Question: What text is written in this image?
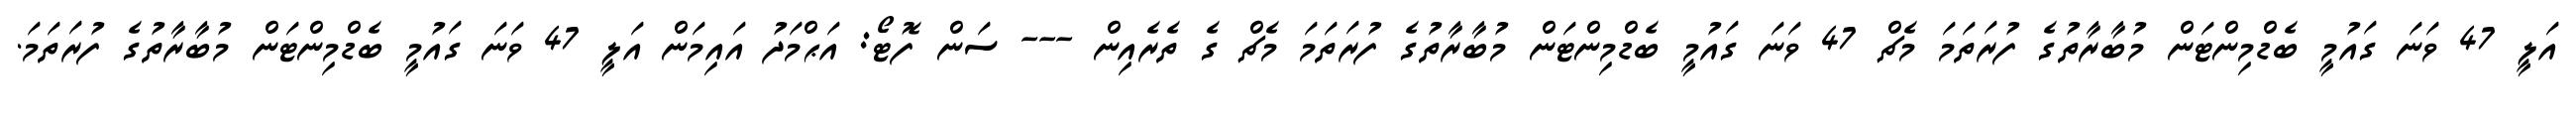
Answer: އަލީ 47 ވަނަ ގައުމީ ބެޑްމިންޓަން މުބާރާތުގެ ފުރަތަމަ މެޗް 47 ވަނަ ގައުމީ ބެޑްމިންޓަން މުބާރާތުގެ ފުރަތަމަ މެޗް ގެ ތެރެއިން --- ސަން ފޮޓޯ: އަޙްމަދު އައިމަން އަލީ 47 ވަނަ ގައުމީ ބެޑްމިންޓަން މުބާރާތުގެ ފުރަތަމަ.